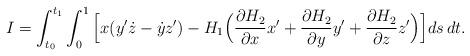
LaTeX: \begin{align*}I = \int_{t_0}^{t_1} \int_0^1 \Big[ x (y^{\prime}\dot{z} - \dot{y} z^{\prime})- H_1 \Big( \frac{\partial H_2}{\partial x} x^{\prime}+ \frac{\partial H_2}{\partial y} y^{\prime}+ \frac{\partial H_2}{\partial z} z^{\prime} \Big) \Big] ds \, dt.\end{align*}